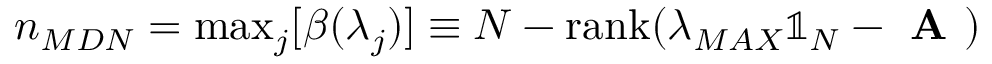
n _ { M D N } = \mathrm { m a x } _ { j } [ \beta ( \lambda _ { j } ) ] \equiv N - \mathrm { r a n k } ( \lambda _ { M A X } \mathbb { 1 } _ { N } - \textbf { A } )